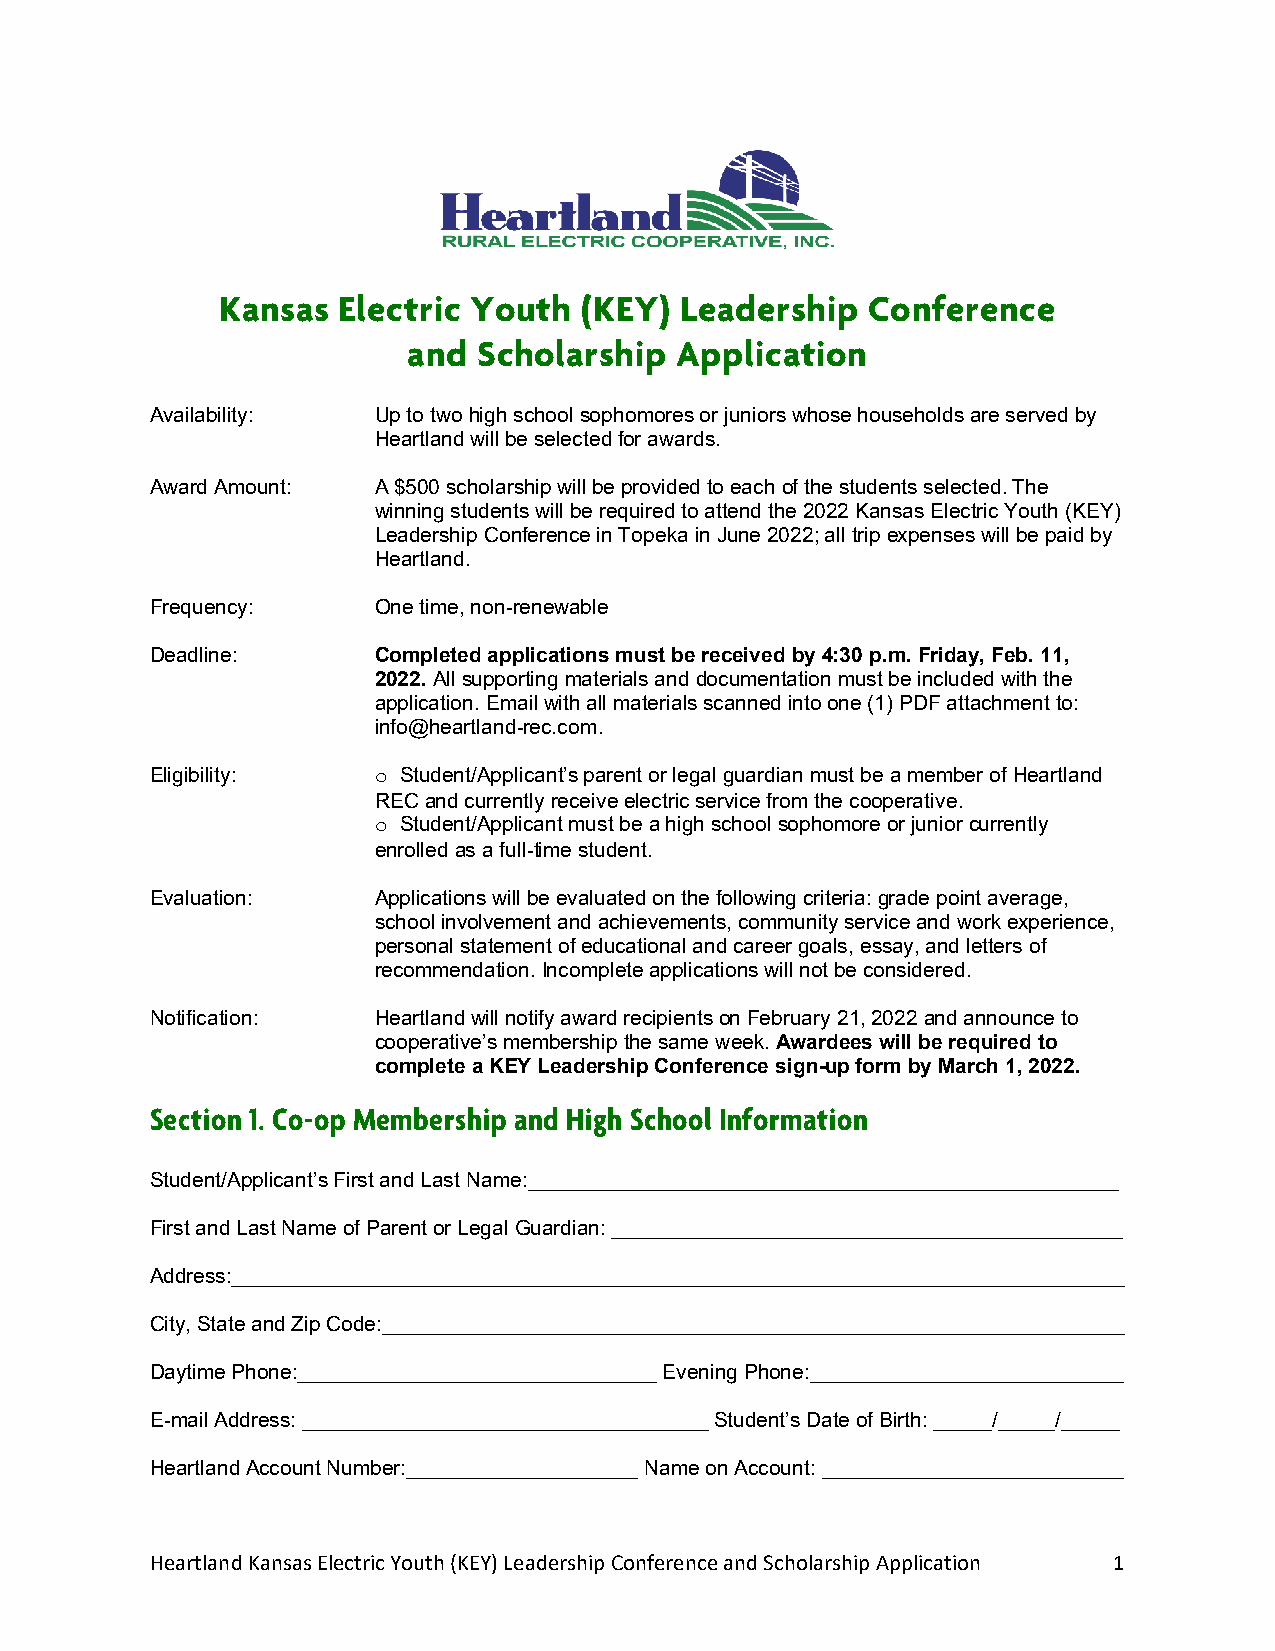
Kansas Electric Youth   (KEY) Leadership  Conference
 and  Scholarship  Application
 Availability:  Up to two high school sophomores or juniors whose households are served by
 Heartland will be selected for awards.
 Award Amount:  A $500 scholarship will be provided to each of the students selected. The
 winning students will be required to attend the 2022 Kansas Electric Youth (KEY)
 Leadership Conference in Topeka in June 2022; all trip expenses will be paid by
 Heartland.
 Frequency:     One time, non-renewable
 Deadline:      Completed applications must be received by 4:30 p.m. Friday, Feb. 11,
 2022. All supporting materials and documentation must be included with the
 application. Email with all materials scanned into one (1) PDF attachment to:
 info@heartland-rec.com.
 Eligibility:    Student/Applicant’s parent or legal guardian must be a member of Heartland
 o
 REC and currently receive electric service from the cooperative.
 Student/Applicant must be a high school sophomore or junior currently
 o
 enrolled as a full-time student.
 Evaluation:    Applications will be evaluated on the following criteria: grade point average,
 school involvement and achievements, community service and work experience,
 personal statement of educational and career goals, essay, and letters of
 recommendation. Incomplete applications will not be considered.
 Notification:  Heartland will notify award recipients on February 21, 2022 and announce to
 cooperative’s membership the same week. Awardees will be required to
 complete a KEY Leadership Conference sign-up form by March 1, 2022.
 Section 1. Co-op Membership and High School Information
 Student/Applicant’s First and Last Name:___________________________________________________
 First and Last Name of Parent or Legal Guardian: ____________________________________________
 Address:_____________________________________________________________________________
 City, State and Zip Code:________________________________________________________________
 Daytime Phone:_______________________________ Evening Phone:___________________________
 E-mail Address: ___________________________________ Student’s Date of Birth: _____/_____/_____
 Heartland Account Number:____________________ Name on Account: __________________________
 Heartland Kansas Electric Youth (KEY) Leadership Conference and Scholarship Application 1